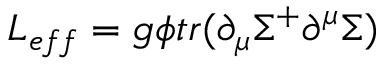
L _ { e f f } = g \phi t r ( \partial _ { \mu } \Sigma ^ { + } \partial ^ { \mu } \Sigma )